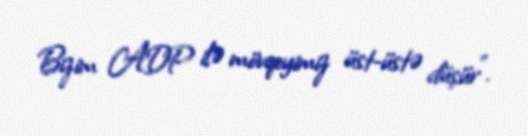
Bizim ADP ilə mövqeyimiz üst-üstə düşür".